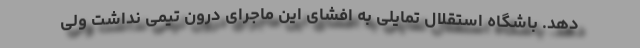
دهد. باشگاه استقلال تمایلی به افشای این ماجرای درون تیمی نداشت ولی